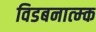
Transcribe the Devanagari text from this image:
विडबनात्म्क